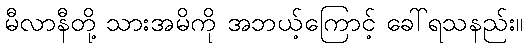
မီလာနီတို့ သားအမိကို အဘယ့်ကြောင့် ခေါ်ရသနည်း။